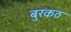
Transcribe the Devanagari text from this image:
बुरकठ